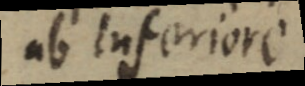
ab Inferriore